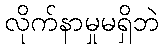
လိုက်နာမှုမရှိဘဲ